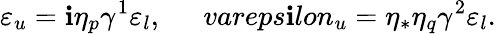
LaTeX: \varepsilon_{u}=\mathbf{i}\eta_{p}\gamma^{1}\varepsilon_{l},\ \ \ \ \ \, vareps\mathbf{i}lon_{u}=\eta_{*}\eta_{q}\gamma^{2}\varepsilon_{l}.